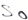
Text: S0